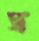
স